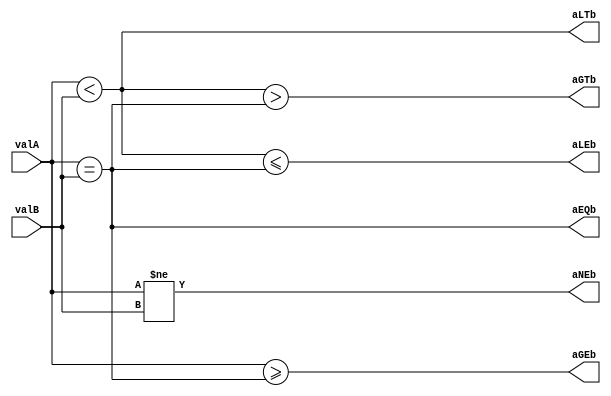
// Version:      1 (Date Last Modified: 20 Febuary 2022) 
// Description:  The circuit accepts two 3-bit inputs representing 
// 		 unsigned binary numbers and provides six outputs that represent 
//               the various results from comparing the two values, by using continuous assignment.



module comparator_continuous_sefunmi(valA, valB, aGTb, aGEb, aLTb, aLEb, aEQb, aNEb);
   input  [2:0] valA, valB;
   output       aGTb, aGEb, aLTb, aLEb, aEQb, aNEb;

   // Your module MUST use continuous assignment and dataflow operators.
   // Your module MUST NOT use procedural assignment.
   // Declare additional wires as needed.
   
   // A == B 
   assign aEQb = (valA == valB);
   // A != B 
   assign aNEb = (valA != valB);
   // A < B 
   assign aLTb = (valA < valB);
   // A <= B 
   assign aLEb = (aLTb <= aEQb); 
   // A > B 
   assign aGTb = (aLTb > aEQb);
   // A >= B
   assign aGEb =  (valA >= aEQb);

endmodule